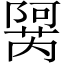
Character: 𬯜